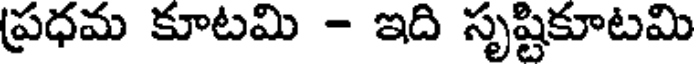
ప్రధమ కూటమి - ఇది సృష్టికూటమి